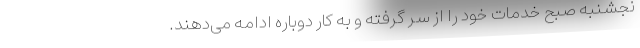
نجشنبه صبح خدمات خود را از سر گرفته و به کار دوباره ادامه می‌دهند.